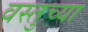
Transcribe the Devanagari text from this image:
वस्तुच्या